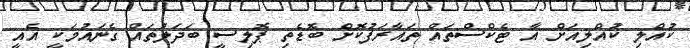
ކުއްލި ކުއްލިއަށް އާ ޓެކްސްތައް ތައާރަފުކޮށް ބޮޑެތި ޕޮލިސީ ބަދަލުތައް ގެނައުމަކީ އެއީ